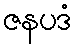
ဇနပဒံ